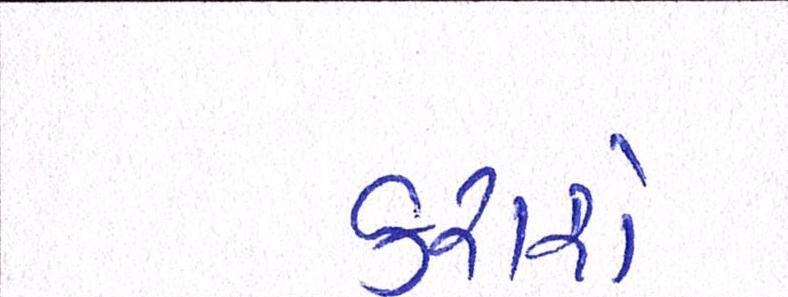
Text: કરાશે